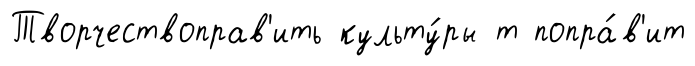
Творчествоправ'ить культу́ры т попра́в'ит